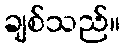
ချစ်သည်။